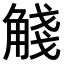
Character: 𧣴